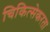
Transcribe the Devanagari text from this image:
चिकित्सेकरता